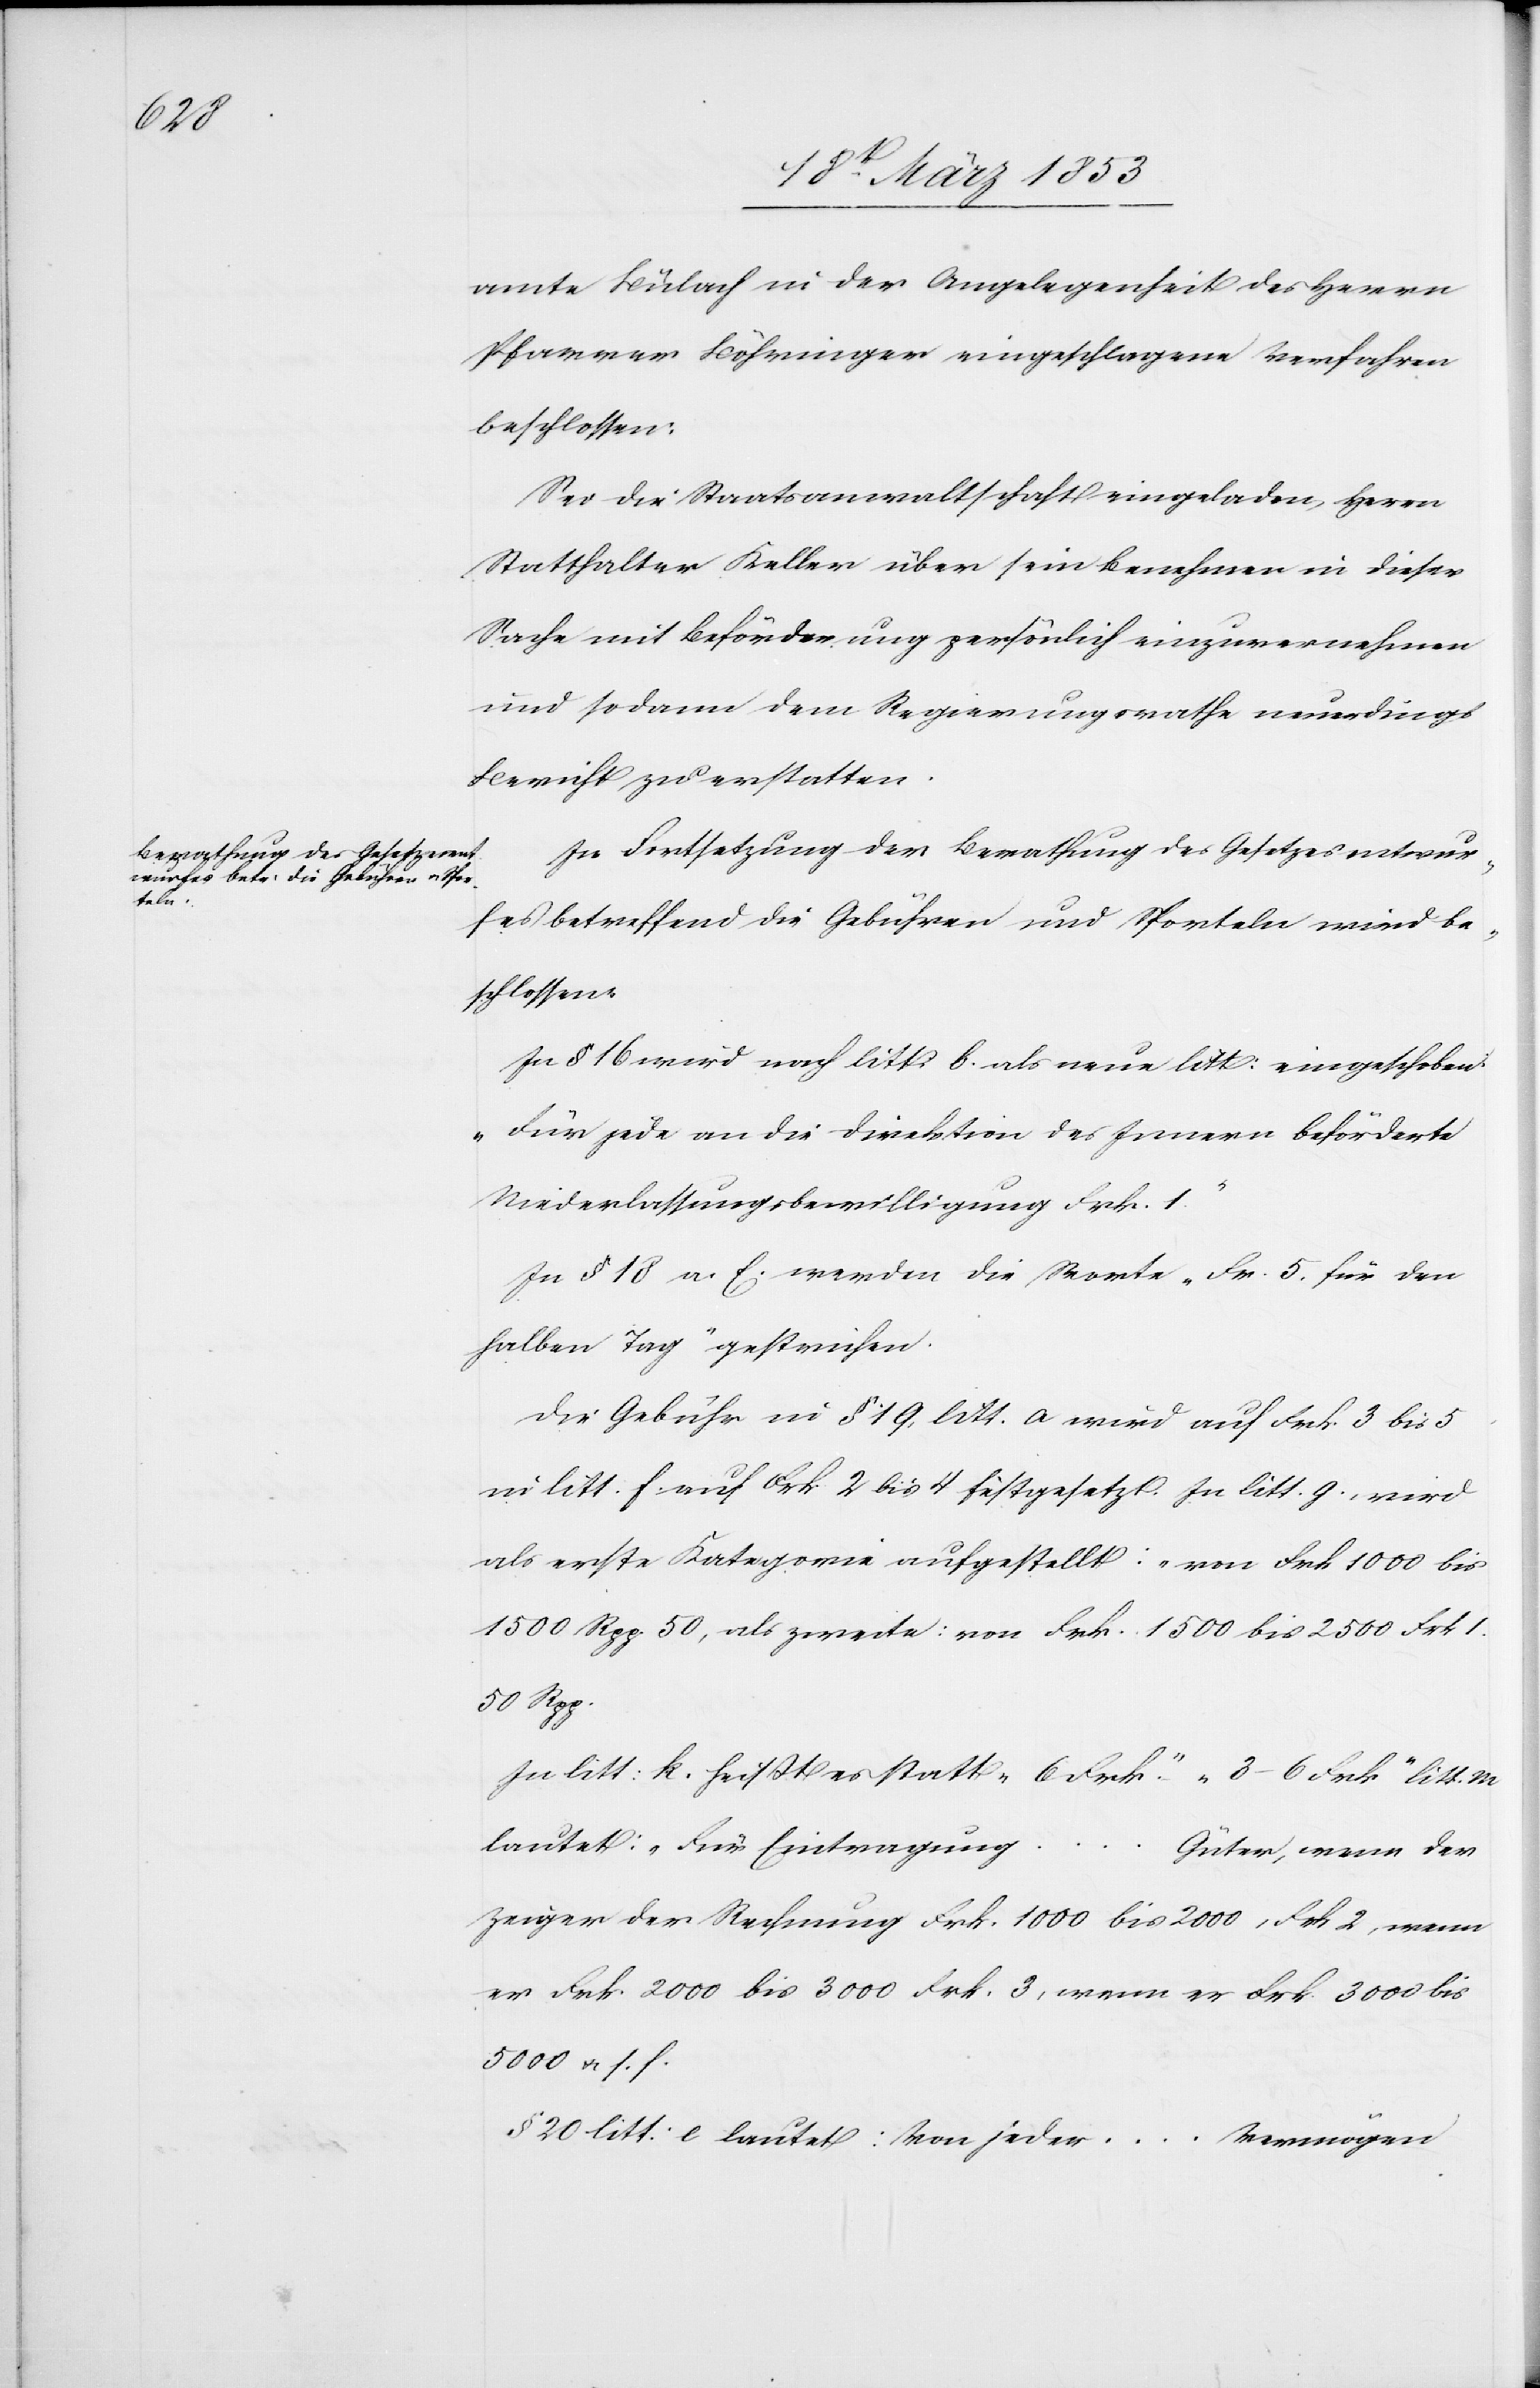
s. f.

amte Bülach in der Angelegenheit des H[errn]
Pfarrer Böhringer eingeschlagenen Verfahren
beschlossen:
Sei die Staatsanwaltschaft eingeladen, Herrn
Statthalter Keller über sein Benehmen in dieser
Sache mit Beförderung persönlich einzuvernehmen
und sodann dem Regierungsrathe neuerdings
Bericht zu erstatten.
In Fortsetzung der Berathung des Gesetzesentwur¬
fes betreffend die Gebühren und Sporteln wird be¬
schlossen.
In § 16 wird nach litt. b. als neue litt: eingeschoben:
„Für jede an die Direktion des Innern beförderte
Niederlaßungsbewilligung Frk. 1.“
In § 18 a. E. werden die Worte „Fr. 5 für den
halben Tag“ gestrichen.
Die Gebühr in § 19 litt. a. wird auf Frk. 3 bis 5
in litt. f auf Frk. 2 bis 4 festgesetzt. In litt. g., wird
als erste Kategorie aufgestellt. „von Frk. 1000 bis
1500 Rpp. 50, als zweite: von Frk. 1500 bis 2500 Frk. 1.
50 Rpp.
In litt: k. heißt es statt „6 Frk.“ „3–6 Frk.“ litt. m
lautet: „Für Eintragung…G¬
üter, wenn der
Zeiger der Rechnung Frk. 1000 bis 2000, Frk. 2, wenn
er Frk. 2000 bis 3000 Frk. 3, wenn er Frk. 3000–5000
§ 20 litt: c lautet: Von jeder…Vermögen